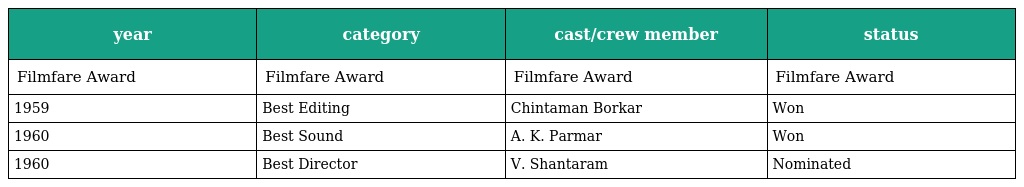
| year | category | cast/crew member | status |
 | --- | --- | --- | --- |
 | Filmfare Award | Filmfare Award | Filmfare Award | Filmfare Award |
 | 1959 | Best Editing | Chintaman Borkar | Won |
 | 1960 | Best Sound | A. K. Parmar | Won |
 | 1960 | Best Director | V. Shantaram | Nominated |